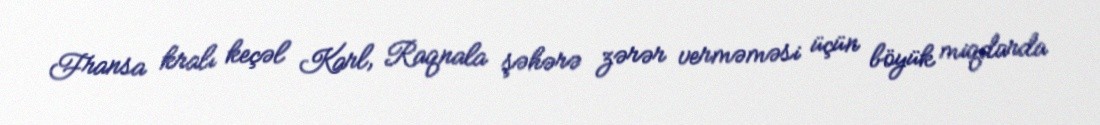
Fransa kralı keçəl Karl, Raqnala şəhərə zərər verməməsi üçün böyük miqdarda